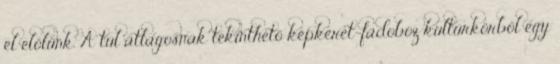
el előlünk. A túl átlagosnak tekinthető képkeret-fadoboz kultúrkörből egy